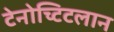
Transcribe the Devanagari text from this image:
टेनोच्टिटलान